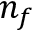
n _ { f }